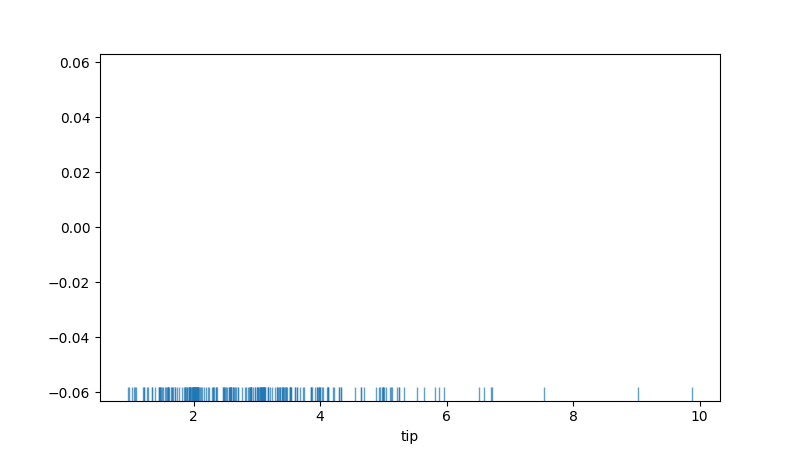
python, seaborn, rugplot, height=0.04, axis='x', alpha=0.7